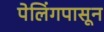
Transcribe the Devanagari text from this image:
पेलिंगपासून